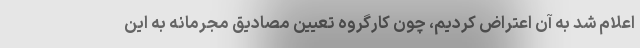
اعلام شد به آن اعتراض كرديم، چون كارگروه تعيين مصاديق مجرمانه به اين